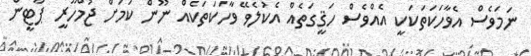
ނަމަވެސް އެވާހަކަތަކަކީ އެއްވެސް ހަޤީގަތެއް އެކުލެވޭ ވާހަކަތަކެއް ނޫން ކަމަށް ޖުމްހޫރީ ޕާޓީން